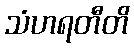
သံဟရတီတိ